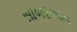
સાબરગામ